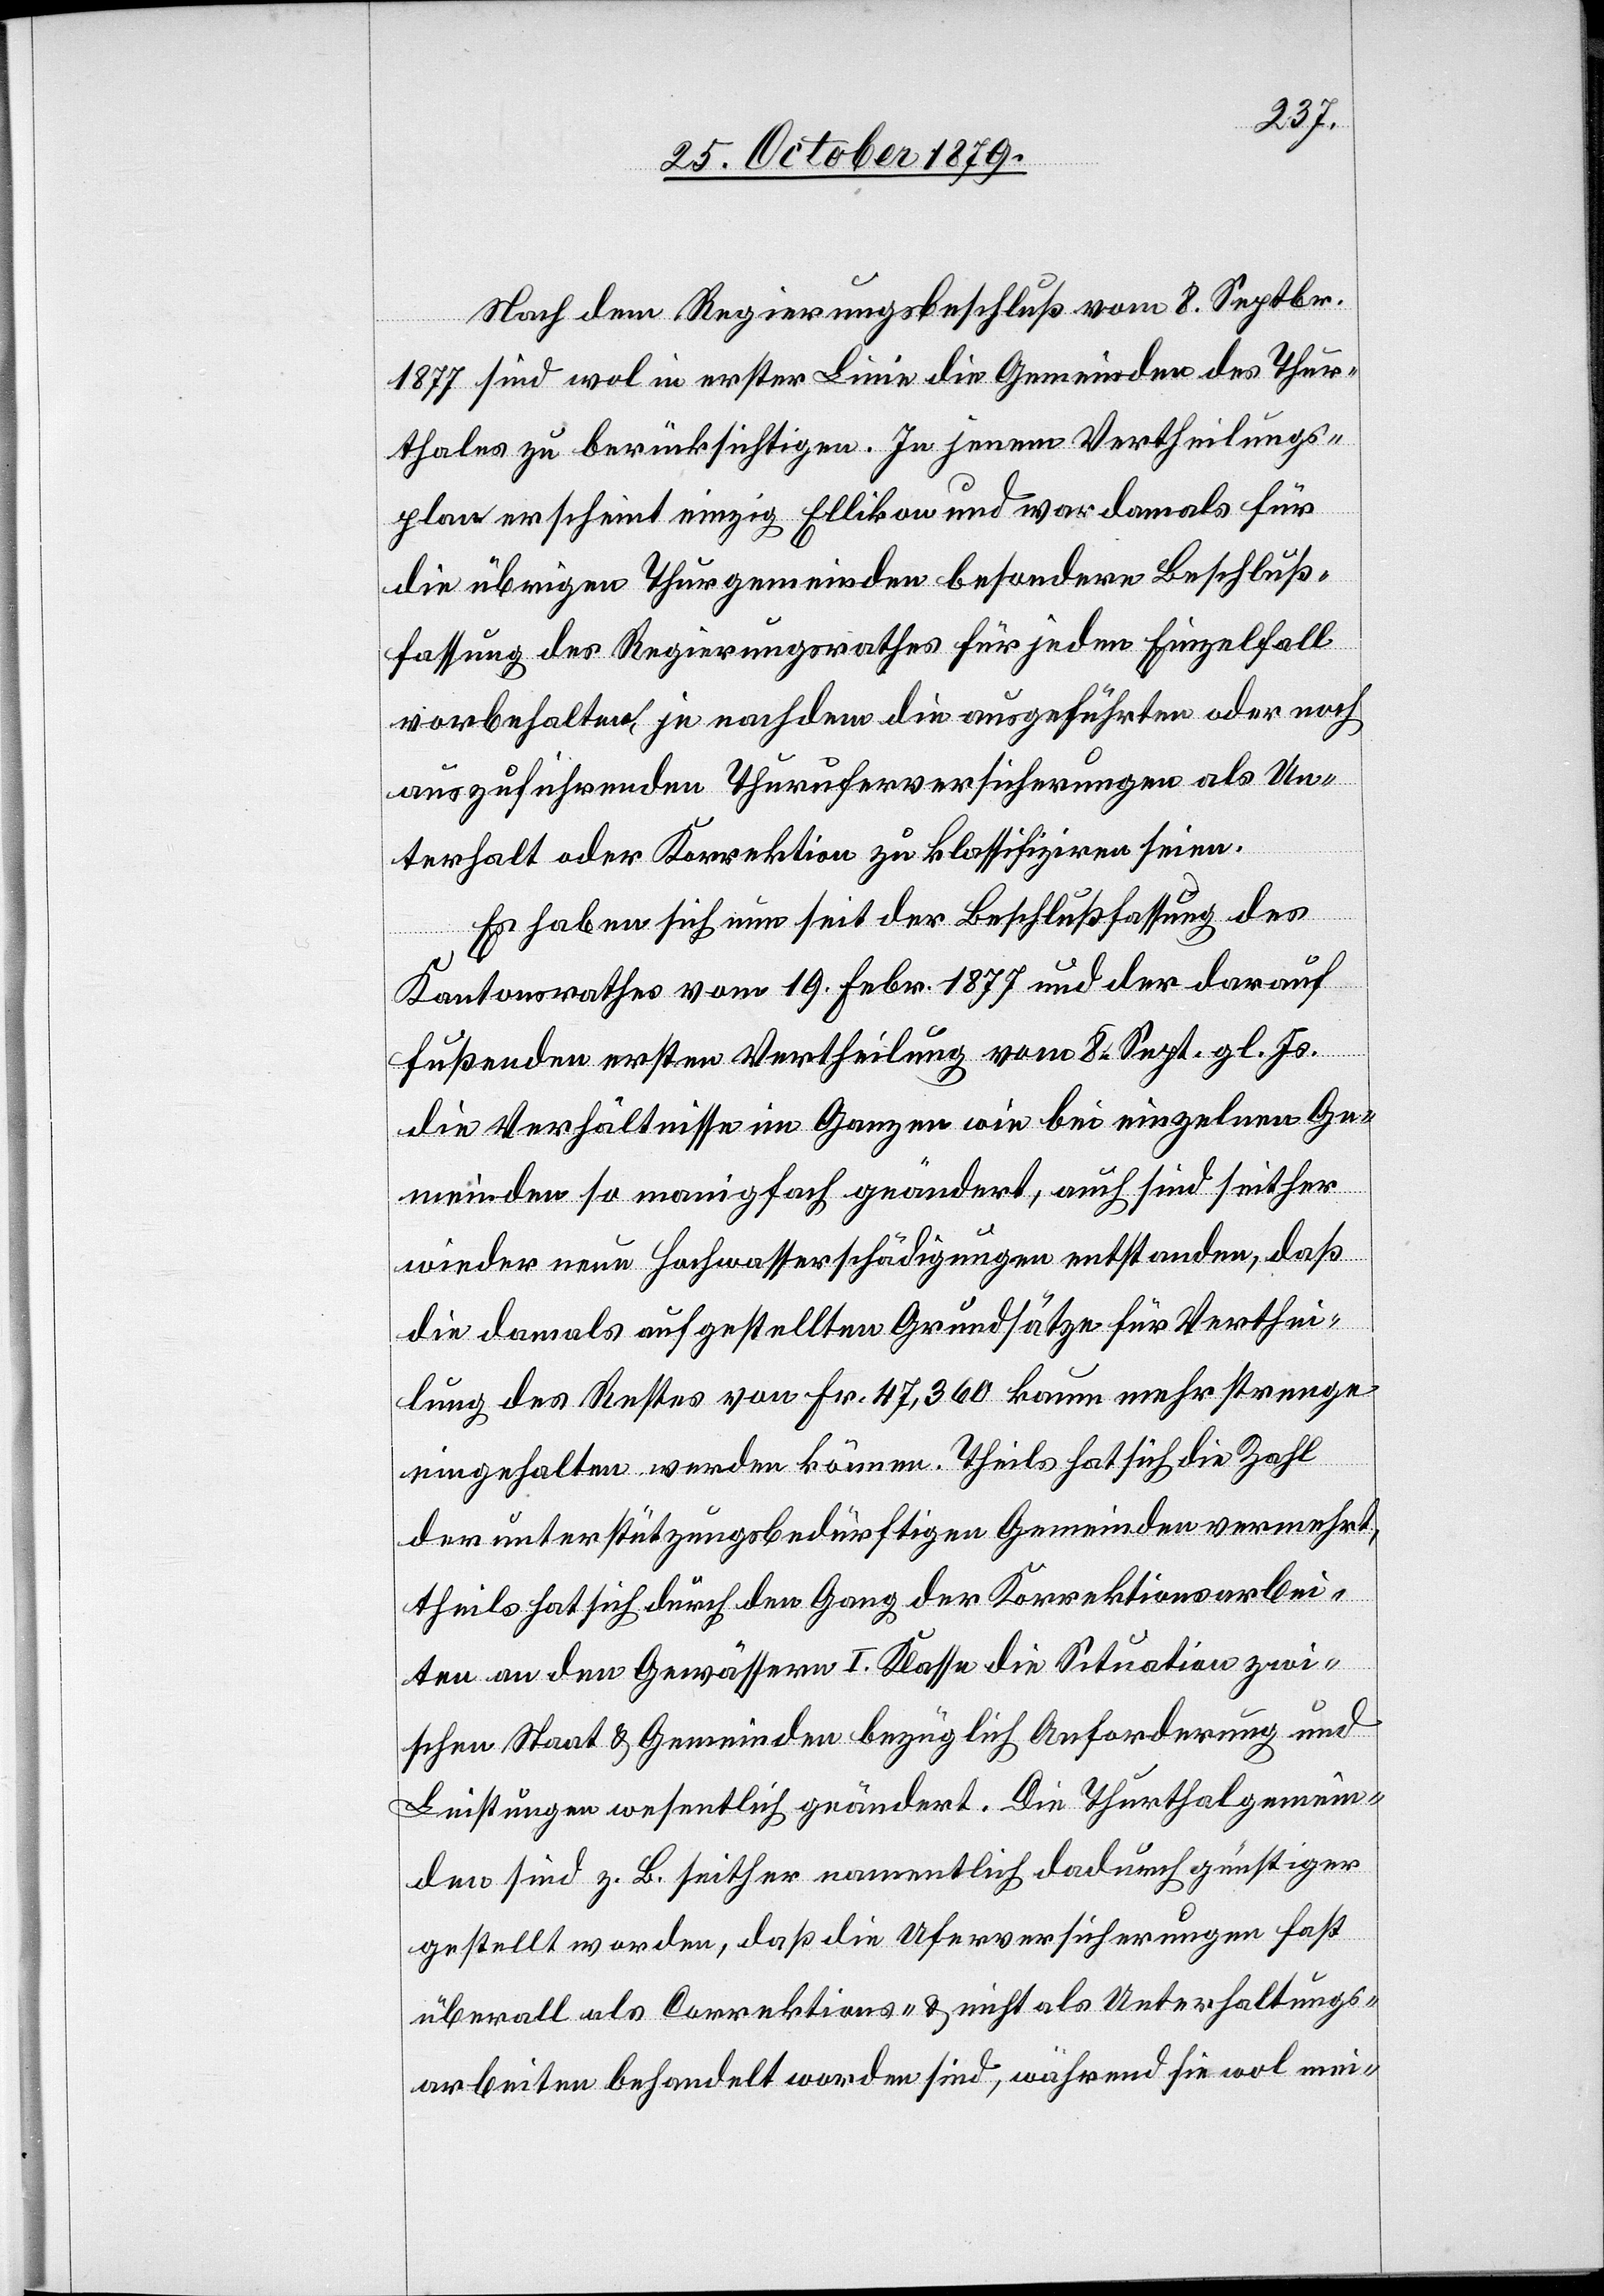
Nach dem Regierungsbeschluß vom 8. Septbr.
1877 sind wol in erster Linie die Gemeinden des Thur¬
thales zu berücksichtigen. In jenem Vertheilungs¬
plan erscheint einzig Ellikon und war damals für
die übrigen Thurgemeinden besondere Beschluß¬
fassung des Regierungsrathes für jeden Einzelfall
vorbehaltend, je nachdem die ausgeführten oder noch
auszuführenden Thuruferversicherungen als Un¬
terhalt oder Korrektion zu klassifiziren seien.
Es haben sich nun seit der Beschlußfassung des
Kantonsrathes vom 19. Febr. 1877 und der darauf
fußenden ersten Vertheilung vom 8. Sept. gl. Js.
die Verhältnisse im Ganzen wie bei einzelnen Ge¬
meinden so manigfach geändert, auch sind seither
wieder neue Hochwasserschädigungen entstanden, daß
die damals aufgestellten Grundsätze für Verthei¬
lung des Restes von Fr. 47,360 kaum mehr strenge
eingehalten werden können. Theils hat sich die Zahl
der unterstützungsbedürftigen Gemeinden vermehrt,
theils hat sich durch den Gang der Korrektionsarbei¬
ten an den Gewässern I. Klasse die Situation zwi¬
schen Staat & Gemeinden bezüglich Anforderungen und
Leistungen wesentlich geändert. Die Thurthalgemein¬
den sind z. B. seither namentlich dadurch günstiger
gestellt worden, daß die Uferversicherungen fast
überall als Correktions- & nicht als Unterhaltungs¬
arbeiten behandelt worden sind, während sie wol mei-